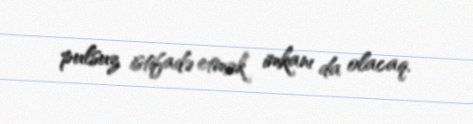
pulsuz istifadə etmək imkanı da olacaq.